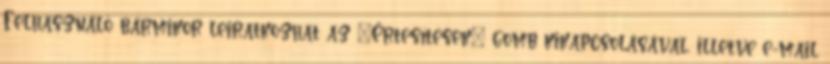
Felhasználó bármikor leiratkozhat az „Értesítések” gomb kikapcsolásával, illetve e-mail